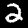
Label: 2